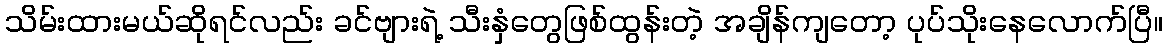
သိမ်းထားမယ်ဆိုရင်လည်း ခင်ဗျားရဲ့ သီးနှံတွေဖြစ်ထွန်းတဲ့ အချိန်ကျတော့ ပုပ်သိုးနေလောက်ပြီ။